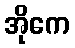
အိုကေ